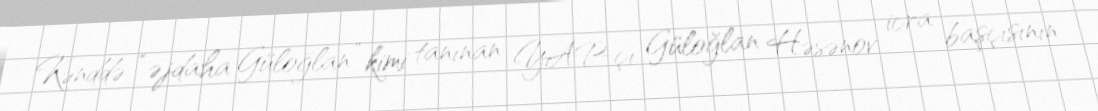
Kənddə “əjdaha Güloğlan” kimi tanınan YAP-çı Güloğlan Həsənov icra başçısının